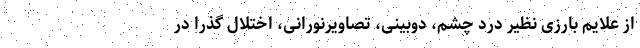
از علایم بارزی نظیر درد چشم، دوبینی، تصاویرنورانی، اختلال گذرا در